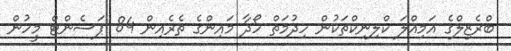
ބްރެޒިލްގެ އަމިއްލަ ކްލިނިކްތަކުން ހިދުމަތް ހޯދާ މައިންގެ ތެރެއިން 84 ޕަސެންޓް މީހުން